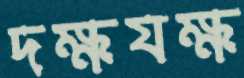
দক্ষযক্ষ